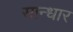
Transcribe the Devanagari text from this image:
सान्धार